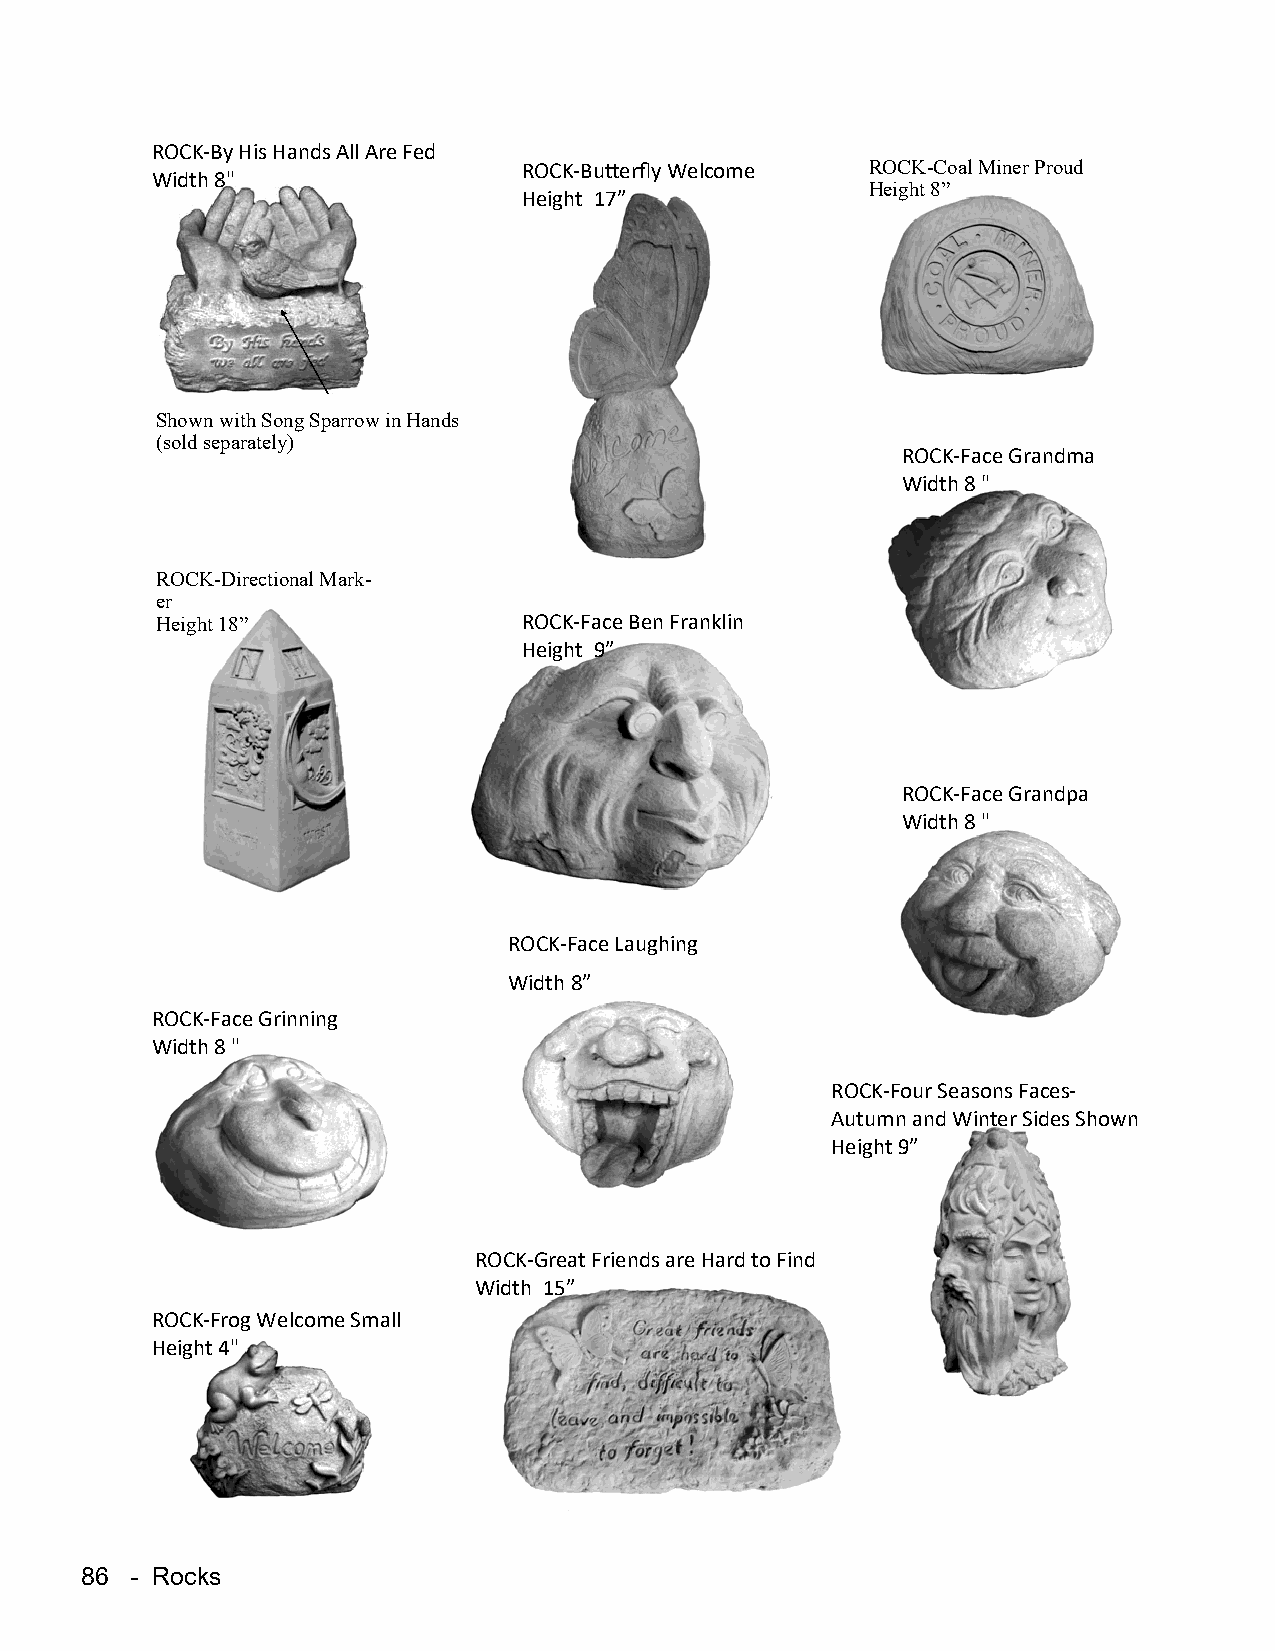
ROCK-By His Hands All Are Fed
 ROCK-Butterfly Welcome ROCK-Coal Miner Proud
 Width 8"
 Height 8”
 Height 17”
 Shown with Song Sparrow in Hands
 (sold separately)
 ROCK-Face Grandma
 Width 8 "
 ROCK-Directional Mark-
 er
 Height 18”               ROCK-Face Ben Franklin
 Height 9”
 ROCK-Face Grandpa
 Width 8 "
 ROCK-Face Laughing
 Width 8”
 ROCK-Face Grinning
 Width 8 "
 ROCK-Four Seasons Faces-
 Autumn and Winter Sides Shown
 Height 9”
 ROCK-Great Friends are Hard to Find
 Width 15”
 ROCK-Frog Welcome Small
 Height 4"
 86  - Rocks